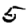
Digit: 5